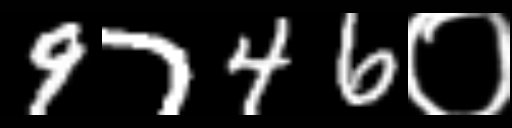
Text: 9746०